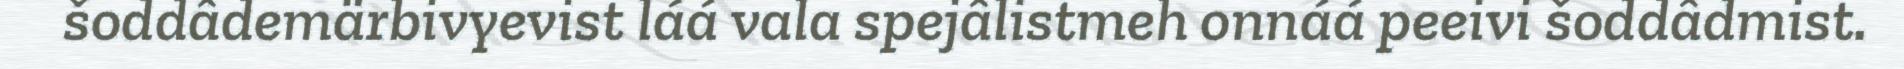
šoddâdemärbivyevist láá vala spejâlistmeh onnáá peeivi šoddâdmist.